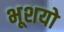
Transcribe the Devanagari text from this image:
भूशयो